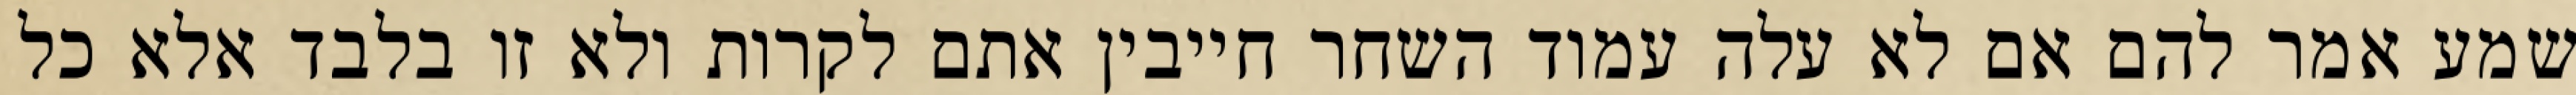
שמע אמר להם אם לא עלה עמוד השחר חייבין אתם לקרות ולא זו בלבד אלא כל